Scottish Leaving Certificate Examination, 1961
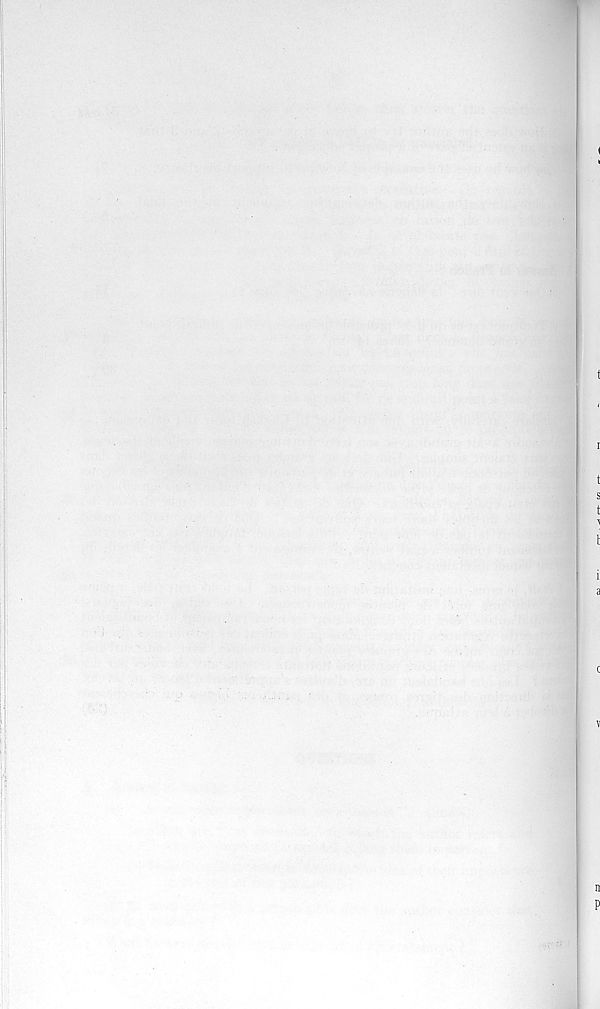
I
t
r
t
s
t
t
i
a
c
v
n
P